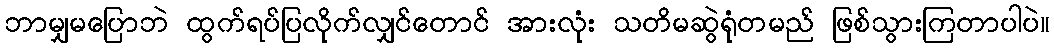
ဘာမျှမပြောဘဲ ထွက်ရပ်ပြလိုက်လျှင်တောင် အားလုံး သတိမဆွဲရုံတမည် ဖြစ်သွားကြတာပါပဲ။